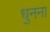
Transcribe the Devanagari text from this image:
धुनना